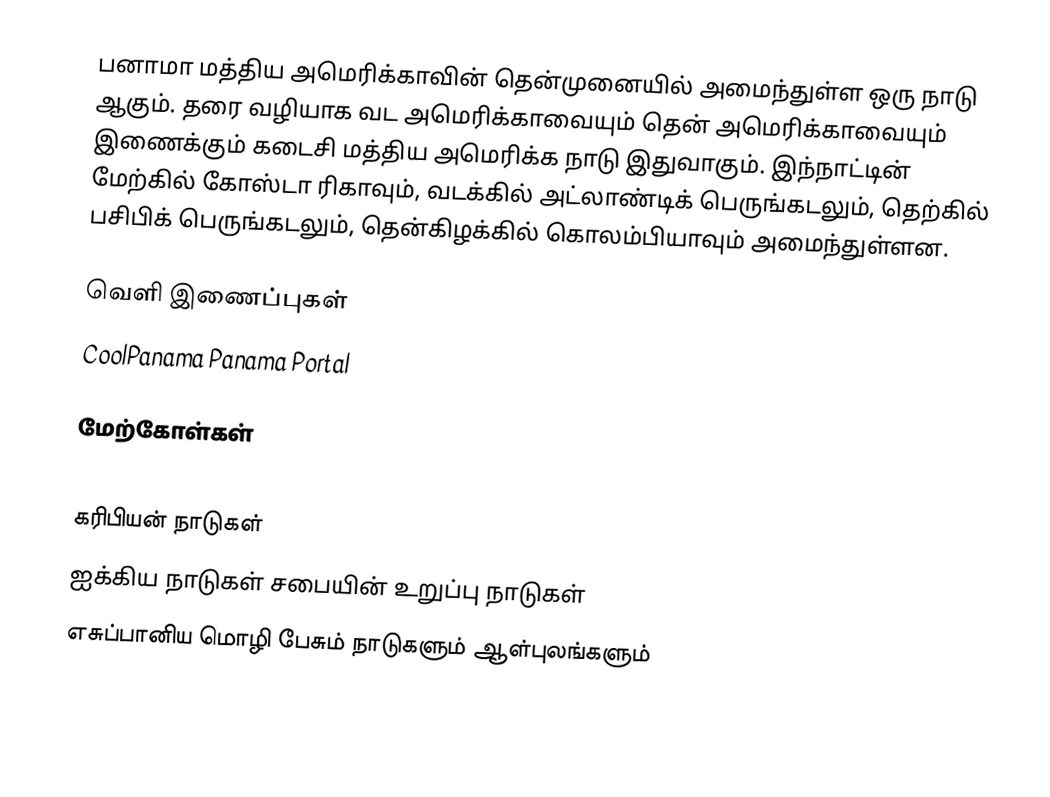
பனாமா மத்திய அமெரிக்காவின் தென்முனையில் அமைந்துள்ள ஒரு நாடு ஆகும். தரை வழியாக வட அமெரிக்காவையும் தென் அமெரிக்காவையும் இணைக்கும் கடைசி மத்திய அமெரிக்க நாடு இதுவாகும். இந்நாட்டின் மேற்கில் கோஸ்டா ரிகாவும், வடக்கில் அட்லாண்டிக் பெருங்கடலும், தெற்கில் பசிபிக் பெருங்கடலும், தென்கிழக்கில் கொலம்பியாவும் அமைந்துள்ளன.

வெளி இணைப்புகள்
 CoolPanama Panama Portal

மேற்கோள்கள்

கரிபியன் நாடுகள்
ஐக்கிய நாடுகள் சபையின் உறுப்பு நாடுகள்
எசுப்பானிய மொழி பேசும் நாடுகளும் ஆள்புலங்களும்